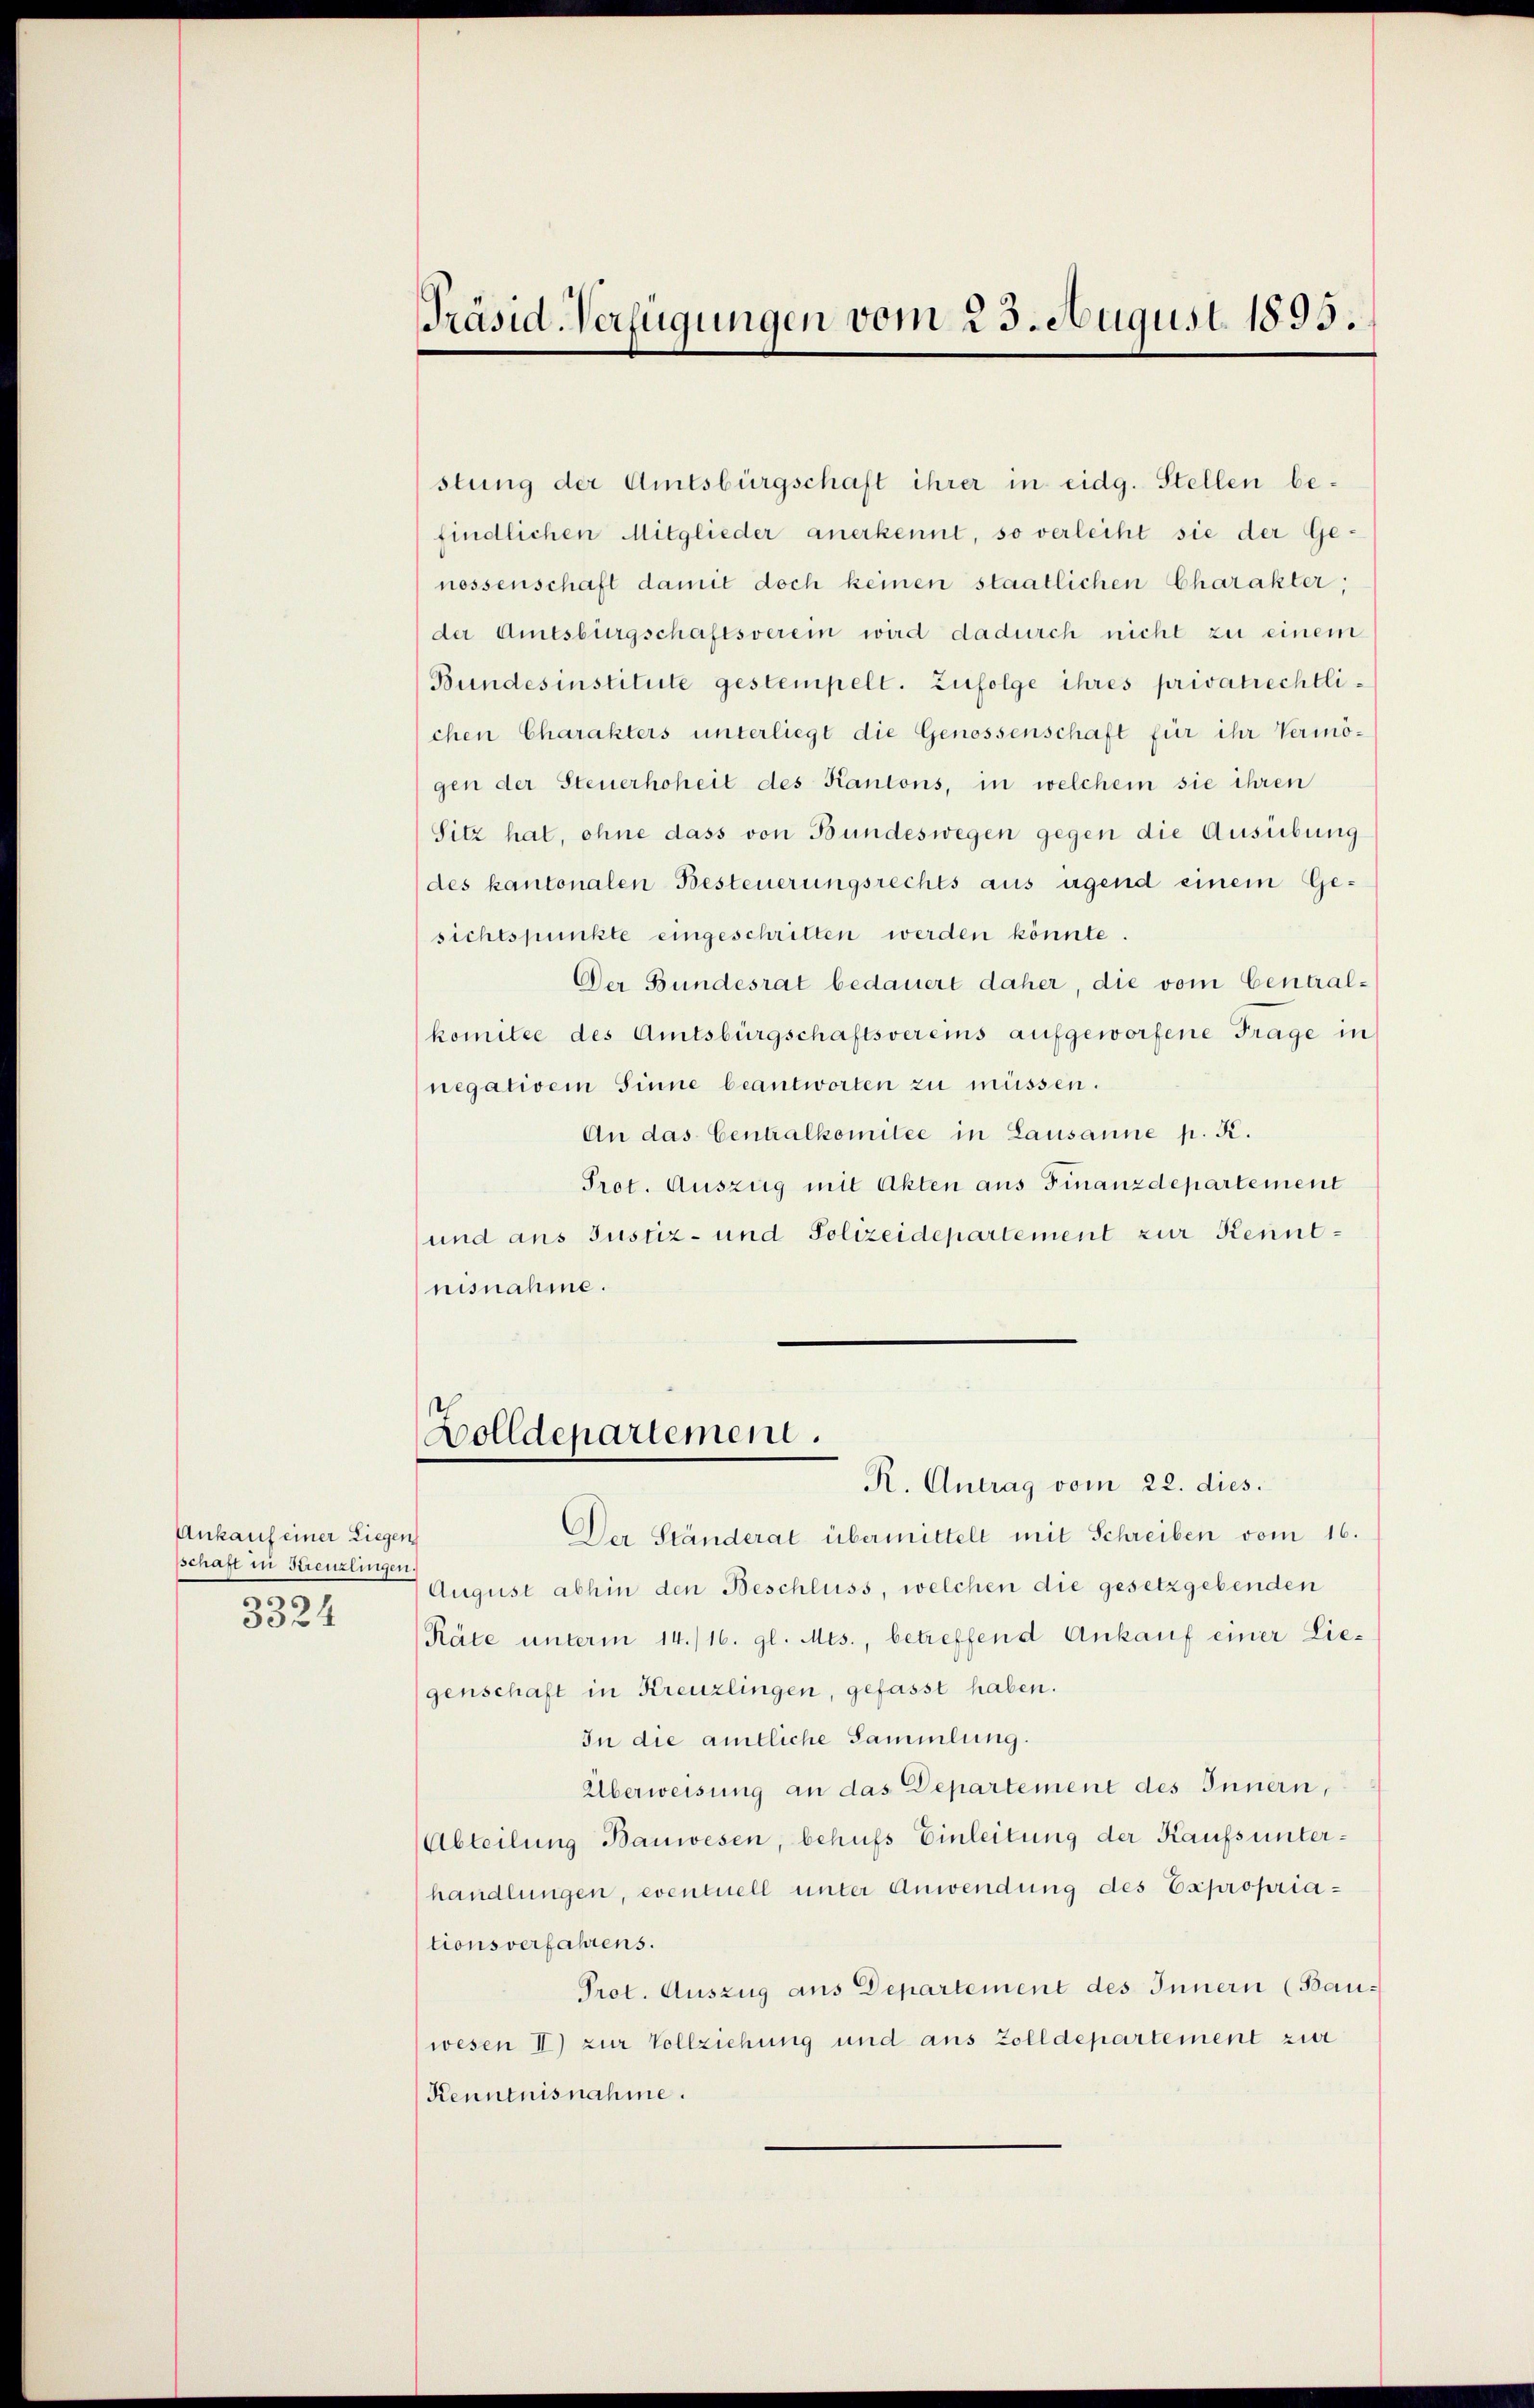
Ankauf einer Liegen
sschaft in Streuzlingen
e
3324

Präsid-Verfügungen vom 23. August 1895.

stung der Amtsbürgschaft ihrer in eidg. Stellen befindlichen Mitglieder anerkennt, so verleiht sie der Genossenschaft damit doch keinen staatlichen Charakter;
der Amtsbürgschaftsverein wird dadurch nicht zu einem
Bundesinstitute gestempelt. Zufolge ihres privatrechtlichen Charakters unterliegt die Genossenschaft für ihr Vermögen der Steuerhoheit des Kantons, in welchem sie ihren
Sitz hat, ohne dass von Bundeswegen gegen die Ausübung
(des kantonalen Besteuerungsrechts aus irgend einem Ge-
sichtspunkte eingeschritten werden könnte.
Der Bundesrat bedauert daher, die vom Centralkomitee des Amtsbürgschaftsvereins aufgeworfene Frage in
negativem Sinne beantworten zu müssen.
An das Centralkomitee in Lausanne p. K.
Prot. Auszug mit Akten aus Finanzdepartement
und ans Justiz- und Polizeidepartement zur Kenntnisnahme.

R. Antrag vom 22. dies.
Der Ständerat übermittelt mit Schreiben vom 16.
August abhin den Beschluss, welchen die gesetzgebenden
Räte unterm 14./16. gl. Mts., betreffend Ankauf einer Liegenschaft in Kreuzlingen, gefasst haben.
In die amtliche Sammlung.
Überweisung an das Departement des Innern,
Abteilung Bauwesen, behufs Einleitung der Kaufsunterhandlungen, eventuell unter Anwendung des Expropriationsverfahrens.
Prot. Auszug aus Departement des Innern (Bauwesen II) zur Vollziehung und aus Zolldepartement zur
Kenntnisnahme.

Bolldepartement.